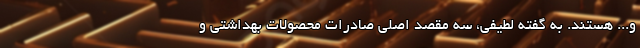
و... هستند. به گفته لطیفی، سه مقصد اصلی صادرات محصولات بهداشتی و